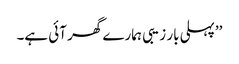
’’پہلی بار زیبی ہمارے گھر آئی ہے۔